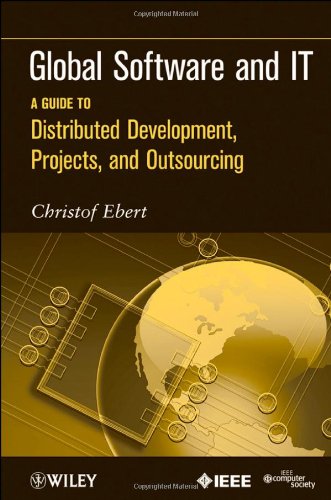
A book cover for Global Software and IT: A Guide to Distributed Development, Projects, and Outsourcing; Christof Ebert; Business & Money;